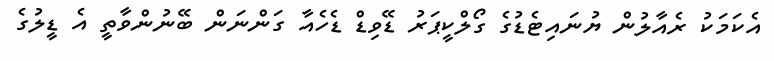
އެކަމަކު ރެއާލުން ޔުނައިޓެޑުގެ ގޯލްކީޕަރު ޑޭވިޑް ޑެހެއާ ގަންނަން ބޭނުންވާތީ އެ ޑީލުގެ